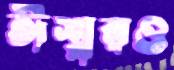
ঈশ্বরও